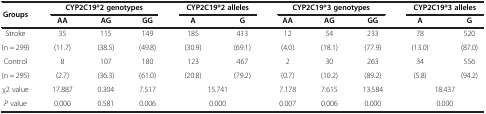
<table><thead><tr><td rowspan="2"><b>Groups</b></td><td colspan="3"><b>CYP2C19*2 genotypes</b></td><td colspan="2"><b>CYP2C19*2 alleles</b></td><td colspan="3"><b>CYP2C19*3 genotypes</b></td><td colspan="2"><b>CYP2C19*3 alleles</b></td></tr><tr><td><b>AA</b></td><td><b>AG</b></td><td><b>GG</b></td><td><b>A</b></td><td><b>G</b></td><td><b>AA</b></td><td><b>AG</b></td><td><b>GG</b></td><td><b>A</b></td><td><b>G</b></td></tr></thead><tbody><tr><td>Stroke</td><td>35</td><td>115</td><td>149</td><td>185</td><td>413</td><td>12</td><td>54</td><td>233</td><td>78</td><td>520</td></tr><tr><td>(n = 299)</td><td>(11.7)</td><td>(38.5)</td><td>(49.8)</td><td>(30.9)</td><td>(69.1)</td><td>(4.0)</td><td>(18.1)</td><td>(77.9)</td><td>(13.0)</td><td>(87.0)</td></tr><tr><td>Control</td><td>8</td><td>107</td><td>180</td><td>123</td><td>467</td><td>2</td><td>30</td><td>263</td><td>34</td><td>556</td></tr><tr><td>(n = 295)</td><td>(2.7)</td><td>(36.3)</td><td>(61.0)</td><td>(20.8)</td><td>(79.2)</td><td>(0.7)</td><td>(10.2)</td><td>(89.2)</td><td>(5.8)</td><td>(94.2)</td></tr><tr><td>χ2 value</td><td>17.887</td><td>0.304</td><td>7.517</td><td colspan="2">15.741</td><td>7.178</td><td>7.615</td><td>13.584</td><td colspan="2">18.437</td></tr><tr><td><i>P</i> value</td><td>0.000</td><td>0.581</td><td>0.006</td><td colspan="2">0.000</td><td>0.007</td><td>0.006</td><td>0.000</td><td colspan="2">0.000</td></tr></tbody></table>